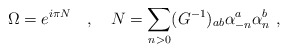
\begin{align*}\Omega = e^{i\pi N}\quad ,\quad N=\sum_{n>0}(G^{-1})_{ab}\alpha^a_{-n}\alpha^b_n \ ,\end{align*}